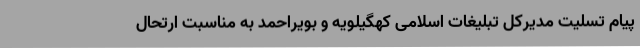
پیام تسلیت مدیرکل تبلیغات اسلامی کهگیلویه و بویراحمد به مناسبت ارتحال